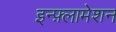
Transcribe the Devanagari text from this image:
इन्फ़्लामेशन